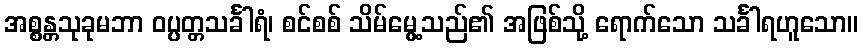
အစ္စန္တသုခုမဘာ ဝပ္ပတ္တသင်္ခါရံ၊ စင်စစ် သိမ်မွေ့သည်၏ အဖြစ်သို့ ရောက်သော သင်္ခါရဟူသော။